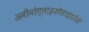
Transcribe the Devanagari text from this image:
अमीनोग्लाइकोसाइडजैसे